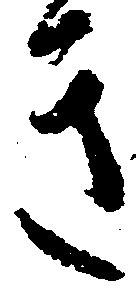
き